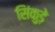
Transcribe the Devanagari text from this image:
सिंकुड़े